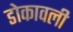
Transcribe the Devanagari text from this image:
डोकावली